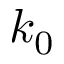
k _ { 0 }